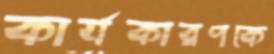
কার্যকারণকে